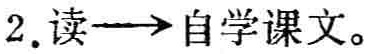
2.读→自学课文。